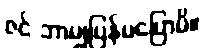
ဇင် ဘာမျှပြန်မပြောမိ။